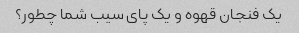
یک فنجان قهوه و یک پای سیب شما چطور؟